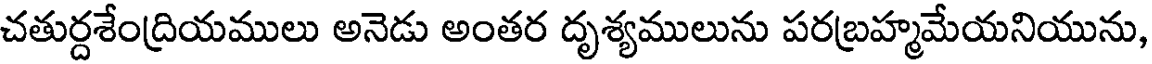
చతుర్దశేంద్రియములు అనెడు అంతర దృశ్యములును పరబ్రహ్మమేయనియును,